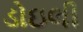
ડોઇલી